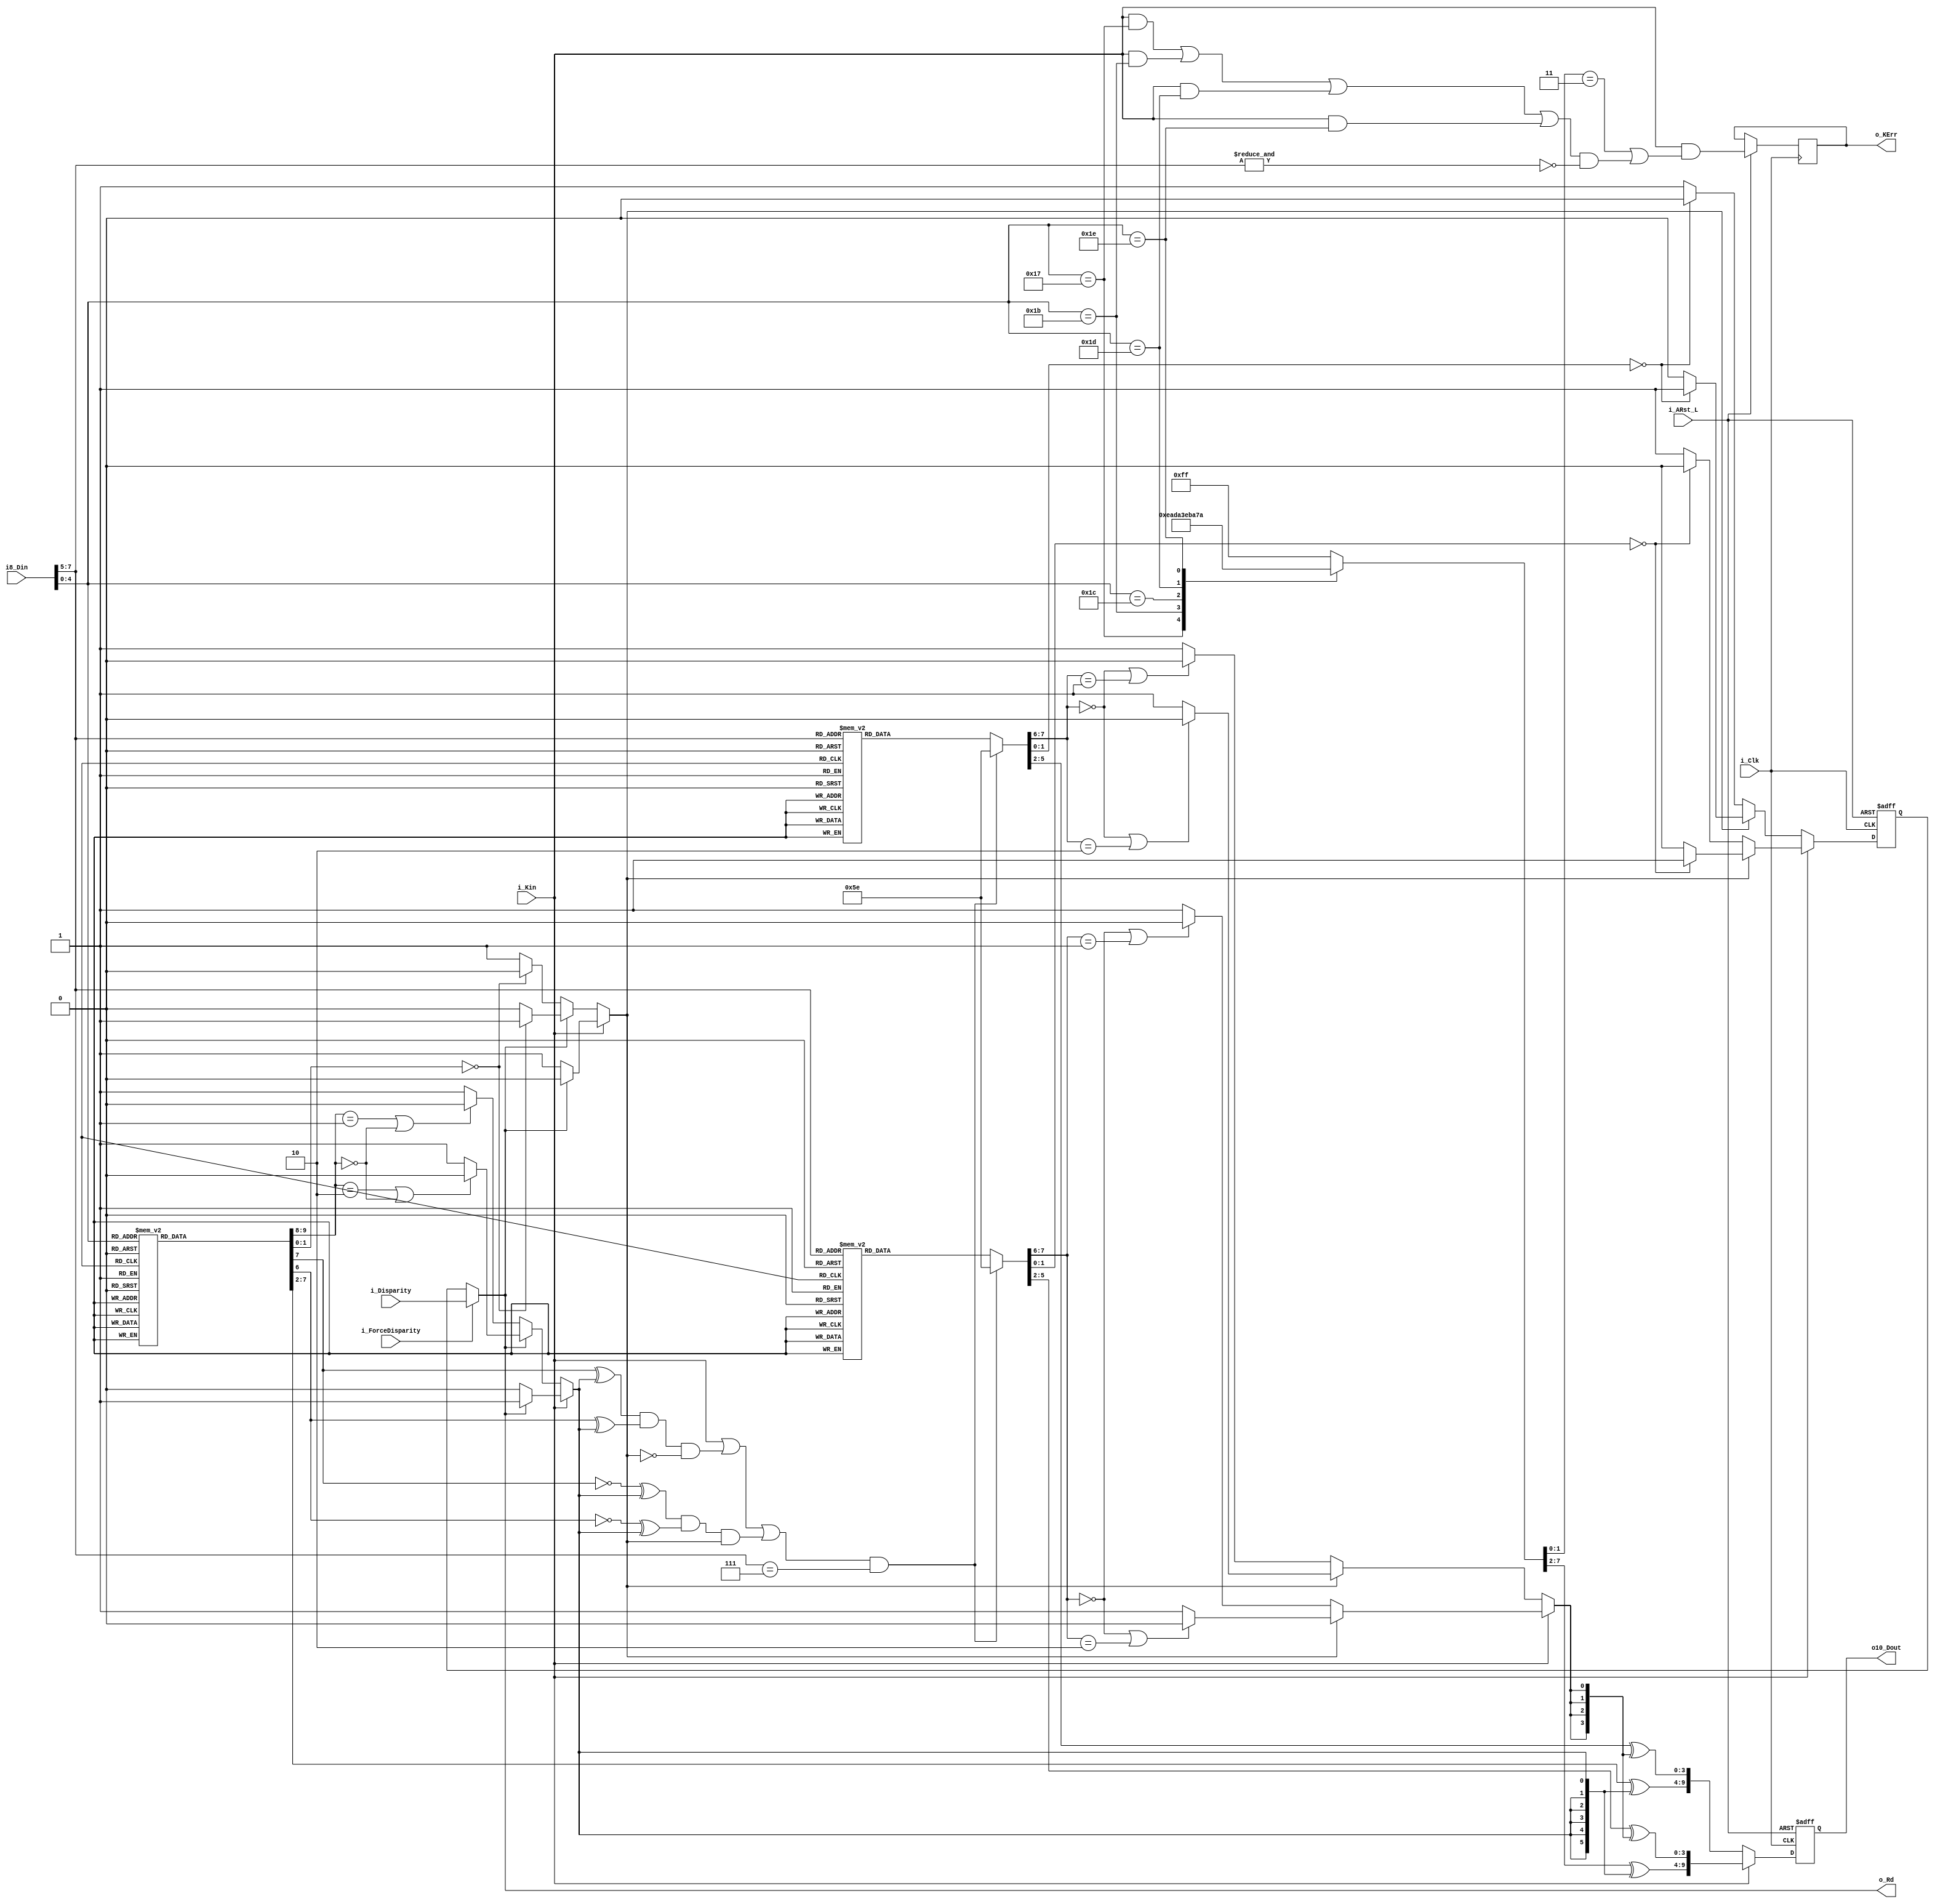
/*
Copyright  2012 JeffLieu-lieumychuong@gmail.com

	This file is part of SGMII-IP-Core.
    SGMII-IP-Core is free software: you can redistribute it and/or modify
    it under the terms of the GNU General Public License as published by
    the Free Software Foundation, either version 3 of the License, or
    (at your option) any later version.

    SGMII-IP-Core is distributed in the hope that it will be useful,
    but WITHOUT ANY WARRANTY; without even the implied warranty of
    MERCHANTABILITY or FITNESS FOR A PARTICULAR PURPOSE.  See the
    GNU General Public License for more details.

    You should have received a copy of the GNU General Public License
    along with SGMII-IP-Core.  If not, see <http://www.gnu.org/licenses/>.

File		:
Description	:	
Remarks		:	
Revision	:
	Date	Author		Description
02/09/12	Jefflieu
*/
//suppress_messages 10036
module mEnc8b10bMem(
	input 	[7:0] i8_Din,		//HGFEDCBA
	input 	i_Kin,
	input 	i_ForceDisparity,
	input 	i_Disparity,		//1 Is negative, 0 is positive	
	output 	reg [9:0] o10_Dout,	//abcdeifghj
	output 	o_Rd,
	output 	o_KErr,
	input i_Clk,
	input i_ARst_L);
	
	
	
	reg [9:0] 	r10_6bDCode;
	reg [9:0] 	r10_6bKCode;
	reg [7:0] 	r8_4bDCode;
	reg [7:0] 	r8_4bKCode;
	
	reg r_jDisp;
	reg w_jDisp,w_iDisp;
	reg w_Compl6b,w_Compl4b;
	wire w_cDisp;
	wire w_A7;
	reg r_KErr;
	wire w_K23,w_K27,w_K28,w_K29,w_K30;
	
	parameter pNEG = 2'b01;
	parameter pPOS = 2'b10;
	parameter pNEU = 2'b00;
	parameter pERR = 2'b11;
	
	always@(posedge i_Clk or negedge i_ARst_L)	
	if(~i_ARst_L) begin 
			r_jDisp <= 1'b0;//Negative
			o10_Dout <= 10'b0;
			end
		else begin 
			r_jDisp <= w_jDisp;
				if(i_Kin)
					o10_Dout <= {r10_6bKCode[7:2]^{6{w_Compl6b}},r8_4bKCode[5:2]^{4{w_Compl4b}}};
				else 
					o10_Dout <= {r10_6bDCode[7:2]^{6{w_Compl6b}},r8_4bDCode[5:2]^{4{w_Compl4b}}};
			r_KErr <= i_Kin & ((r10_6bKCode[1:0]==pERR)|((w_K23|w_K27|w_K29|w_K30)&&(~&i8_Din[7:5])));
			end
	
	assign w_K23 = i_Kin & (i8_Din[4:0]==5'b10111);
	assign w_K27 = i_Kin & (i8_Din[4:0]==5'b11011);
	assign w_K28 = i_Kin & (i8_Din[4:0]==5'b11100);
	assign w_K29 = i_Kin & (i8_Din[4:0]==5'b11101);
	assign w_K30 = i_Kin & (i8_Din[4:0]==5'b11110);
	
	
	assign w_cDisp = i_ForceDisparity?i_Disparity:r_jDisp;
	assign o_Rd = w_cDisp;
	assign o_KErr = r_KErr;
	always@(*)
		begin 
			case(i8_Din[4:0])
			5'b00000: r10_6bDCode<={pPOS,6'b011000,pNEG};
			5'b00001: r10_6bDCode<={pPOS,6'b100010,pNEG};
			5'b00010: r10_6bDCode<={pPOS,6'b010010,pNEG};
			5'b00011: r10_6bDCode<={pNEU,6'b110001,pNEU};
			5'b00100: r10_6bDCode<={pPOS,6'b001010,pNEG};
			5'b00101: r10_6bDCode<={pNEU,6'b101001,pNEU};
			5'b00110: r10_6bDCode<={pNEU,6'b011001,pNEU};
			5'b00111: r10_6bDCode<={pNEG,6'b111000,pNEU};
			5'b01000: r10_6bDCode<={pPOS,6'b000110,pNEG};
			5'b01001: r10_6bDCode<={pNEU,6'b100101,pNEU};
			5'b01010: r10_6bDCode<={pNEU,6'b010101,pNEU};
			5'b01011: r10_6bDCode<={pNEU,6'b110100,pNEU};
			5'b01100: r10_6bDCode<={pNEU,6'b001101,pNEU};
			5'b01101: r10_6bDCode<={pNEU,6'b101100,pNEU};
			5'b01110: r10_6bDCode<={pNEU,6'b011100,pNEU};
			5'b01111: r10_6bDCode<={pPOS,6'b101000,pNEG};
			5'b10000: r10_6bDCode<={pNEG,6'b011011,pPOS};
			5'b10001: r10_6bDCode<={pNEU,6'b100011,pNEU};
			5'b10010: r10_6bDCode<={pNEU,6'b010011,pNEU};
			5'b10011: r10_6bDCode<={pNEU,6'b110010,pNEU};
			5'b10100: r10_6bDCode<={pNEU,6'b001011,pNEU};
			5'b10101: r10_6bDCode<={pNEU,6'b101010,pNEU};
			5'b10110: r10_6bDCode<={pNEU,6'b011010,pNEU};
			5'b10111: r10_6bDCode<={pNEG,6'b111010,pPOS};
			5'b11000: r10_6bDCode<={pPOS,6'b001100,pNEG};
			5'b11001: r10_6bDCode<={pNEU,6'b100110,pNEU};
			5'b11010: r10_6bDCode<={pNEU,6'b010110,pNEU};
			5'b11011: r10_6bDCode<={pNEG,6'b110110,pPOS};
			5'b11100: r10_6bDCode<={pNEU,6'b001110,pNEU};
			5'b11101: r10_6bDCode<={pNEG,6'b101110,pPOS};
			5'b11110: r10_6bDCode<={pNEG,6'b011110,pPOS};
			5'b11111: r10_6bDCode<={pNEG,6'b101011,pPOS};
			endcase	
			
			case(i8_Din[4:0])
			5'b10111: r10_6bKCode<={pNEG,6'b111010,pPOS};
			5'b11011: r10_6bKCode<={pNEG,6'b110110,pPOS};
			5'b11100: r10_6bKCode<={pNEG,6'b001111,pPOS};
			5'b11101: r10_6bKCode<={pNEG,6'b101110,pPOS};
			5'b11110: r10_6bKCode<={pNEG,6'b011110,pPOS};
			default	: r10_6bKCode<={pERR,6'h3F,pERR};
			endcase
			
			if(i_Kin)
				begin 
					if(w_cDisp)	//Positive
						begin
							w_Compl6b <= 1'b1;
							w_iDisp <= 1'b0;
						end
					else 		//Negative
						begin
							w_Compl6b <= 1'b0;
							w_iDisp <= 1'b1;	//Positive					
						end				
				end
			else 
				begin
					if(w_cDisp)	//Positive
						begin
							w_Compl6b 	<= (r10_6bDCode[9:8]==pPOS||r10_6bDCode[9:8]==pNEU)?1'b0:1'b1;
							w_iDisp 	<= r10_6bDCode[1:0]==pNEU?1'b1:1'b0;
						end
					else 		//Negative
						begin
							w_Compl6b 	<= (r10_6bDCode[9:8]==pNEG||r10_6bDCode[9:8]==pNEU)?1'b0:1'b1;
							w_iDisp 	<= r10_6bDCode[1:0]==pNEU?1'b0:1'b1;
						end					
				end			
		end
		
		assign w_A7 = i_Kin|((r10_6bDCode[7]^w_Compl6b)&(r10_6bDCode[6]^w_Compl6b)&~w_iDisp)|(((~r10_6bDCode[7])^w_Compl6b)&((~r10_6bDCode[6])^w_Compl6b)&w_iDisp);
		
		always@(*)
		begin 
			if(w_A7 && i8_Din[7:5]==3'b111)
				r8_4bDCode<={pNEG,4'b0111,pPOS};
			else
			case(i8_Din[7:5])
			3'b000: r8_4bDCode<={pPOS,4'b0100,pNEG};
			3'b001: r8_4bDCode<={pNEU,4'b1001,pNEU};
			3'b010: r8_4bDCode<={pNEU,4'b0101,pNEU};
			3'b011: r8_4bDCode<={pNEG,4'b1100,pNEU};
			3'b100: r8_4bDCode<={pPOS,4'b0010,pNEG};
			3'b101: r8_4bDCode<={pNEU,4'b1010,pNEU};
			3'b110: r8_4bDCode<={pNEU,4'b0110,pNEU};
			3'b111: r8_4bDCode<={pNEG,4'b1110,pPOS};			
			endcase	
			
			if(w_A7 && i8_Din[7:5]==3'b111)
				r8_4bKCode<={pNEG,4'b0111,pPOS};
			else
			case(i8_Din[7:5])
			3'b000: r8_4bKCode<={pPOS,4'b0100,pNEG};
			3'b001: r8_4bKCode<={pPOS,4'b1001,pNEU};
			3'b010: r8_4bKCode<={pPOS,4'b0101,pNEU};
			3'b011: r8_4bKCode<={pNEG,4'b1100,pNEU};
			3'b100: r8_4bKCode<={pPOS,4'b0010,pNEG};
			3'b101: r8_4bKCode<={pPOS,4'b1010,pNEU};
			3'b110: r8_4bKCode<={pPOS,4'b0110,pNEU};
			3'b111: r8_4bKCode<={pNEG,4'b0111,pPOS};			
			default	: r8_4bKCode<={pERR,4'hF,pERR};
			endcase
			
			if(i_Kin)
				begin 
					if(w_iDisp)	//Positive
						begin
							w_Compl4b 	<= (r8_4bKCode[7:6]==pNEU||r8_4bKCode[7:6]==pPOS)?1'b0:1'b1;
							w_jDisp 	<= r8_4bKCode[1:0]==pNEU?1'b1:1'b0;
						end
					else 		//Negative
						begin
							w_Compl4b 	<= (r8_4bKCode[7:6]==pNEU||r8_4bKCode[7:6]==pNEG)?1'b0:1'b1;
							w_jDisp 	<= r8_4bKCode[1:0]==pNEU?1'b0:1'b1;		
						end				
					
				end
			else 
				begin
					if(w_iDisp)	//Positive
						begin
							w_Compl4b 	<= (r8_4bDCode[7:6]==pNEU||r8_4bDCode[7:6]==pPOS)?1'b0:1'b1;
							w_jDisp 	<= r8_4bDCode[1:0]==pNEU?1'b1:1'b0;
						end
					else 		//Negative
						begin
							w_Compl4b 	<= (r8_4bDCode[7:6]==pNEU||r8_4bDCode[7:6]==pNEG)?1'b0:1'b1;
							w_jDisp 	<= r8_4bDCode[1:0]==pNEU?1'b0:1'b1;
						end					
				end			
		end


endmodule